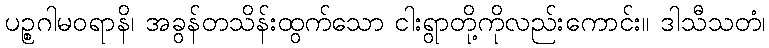
ပဉ္စဂါမဝရာနိ၊ အခွန်တသိန်းထွက်သော ငါးရွာတို့ကိုလည်းကောင်း။ ဒါသီသတံ၊